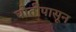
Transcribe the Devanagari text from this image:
घोतीपासून